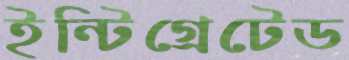
ইন্টিগ্রেটেড